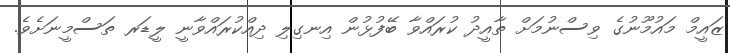
ޒައީމް މައުމޫނުގެ ވިސްނުމަށް ތާއީދު ކުރައްވާ ބޭފުޅުން އިނގިލި ދިއްކުރައްވާނީ ލީޑަރ ތަސްމީނަށެވެ.